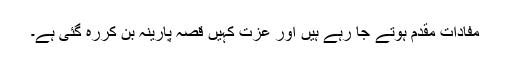
مفادات مقدم ہوتے جا رہے ہیں اور عزت کہیں قصہ پارینہ بن کررہ گئی ہے۔